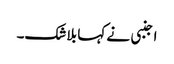
اجنبی نے کہا بلاشک۔